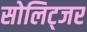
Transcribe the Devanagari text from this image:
सोलिट्जर